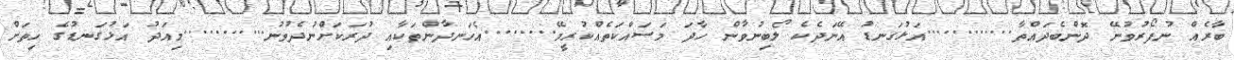
ބާރެއް ނުފޯރުވުނޭ ދޮންބެދައްތާ............އަޅުގަނޑު އޭނަދެކެ ލޯބިނުވާން ހާދަ މަސައްކަތެއްކުރީމޭ........އެހަނދާންތަކާއި ދުރަކަށްނުދެވުނު...........މިއަދު އަޅުގަނޑުގެ ހިތަށް